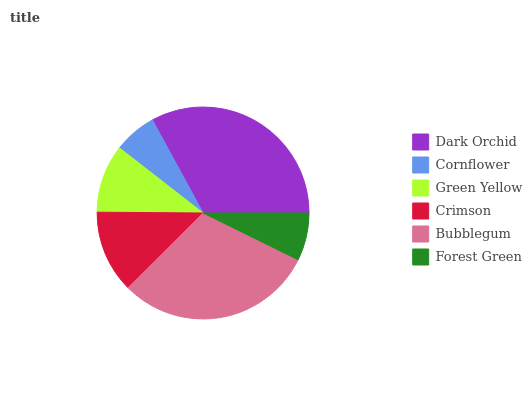
| Dark Orchid | Cornflower | Green Yellow | Crimson | Bubblegum | Forest Green |
 | --- | --- | --- | --- | --- | --- |
 | 33% | 6.54% | 10.4% | 12.6% | 30.2% | 7.27% |